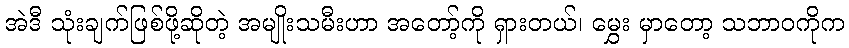
အဲဒီ သုံးချက်ဖြစ်ဖို့ဆိုတဲ့ အမျိုးသမီးဟာ အတော့်ကို ရှားတယ်၊ မွှေး မှာတော့ သဘာဝကိုက